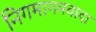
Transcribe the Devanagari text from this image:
निगमागमवादा